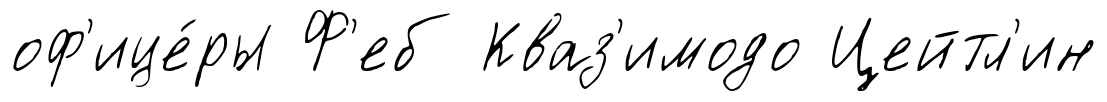
оф'ице́ры Ф'еб Кваз'имодо Цейтл'ин